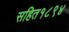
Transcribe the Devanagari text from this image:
सहित१८९४